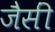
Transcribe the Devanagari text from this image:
जैसीं